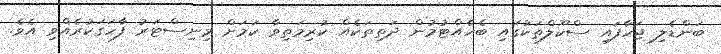
ބަންޑެލި ޖަހާފައި ސްކޫލްތަކުގައި ބެހެއްޓުމުން ދަތިތަކެއް ކުރިމަތިވާ ކަމަށް މިނިސްޓަރު ފާހަގަކުރެއްވި އެވެ.